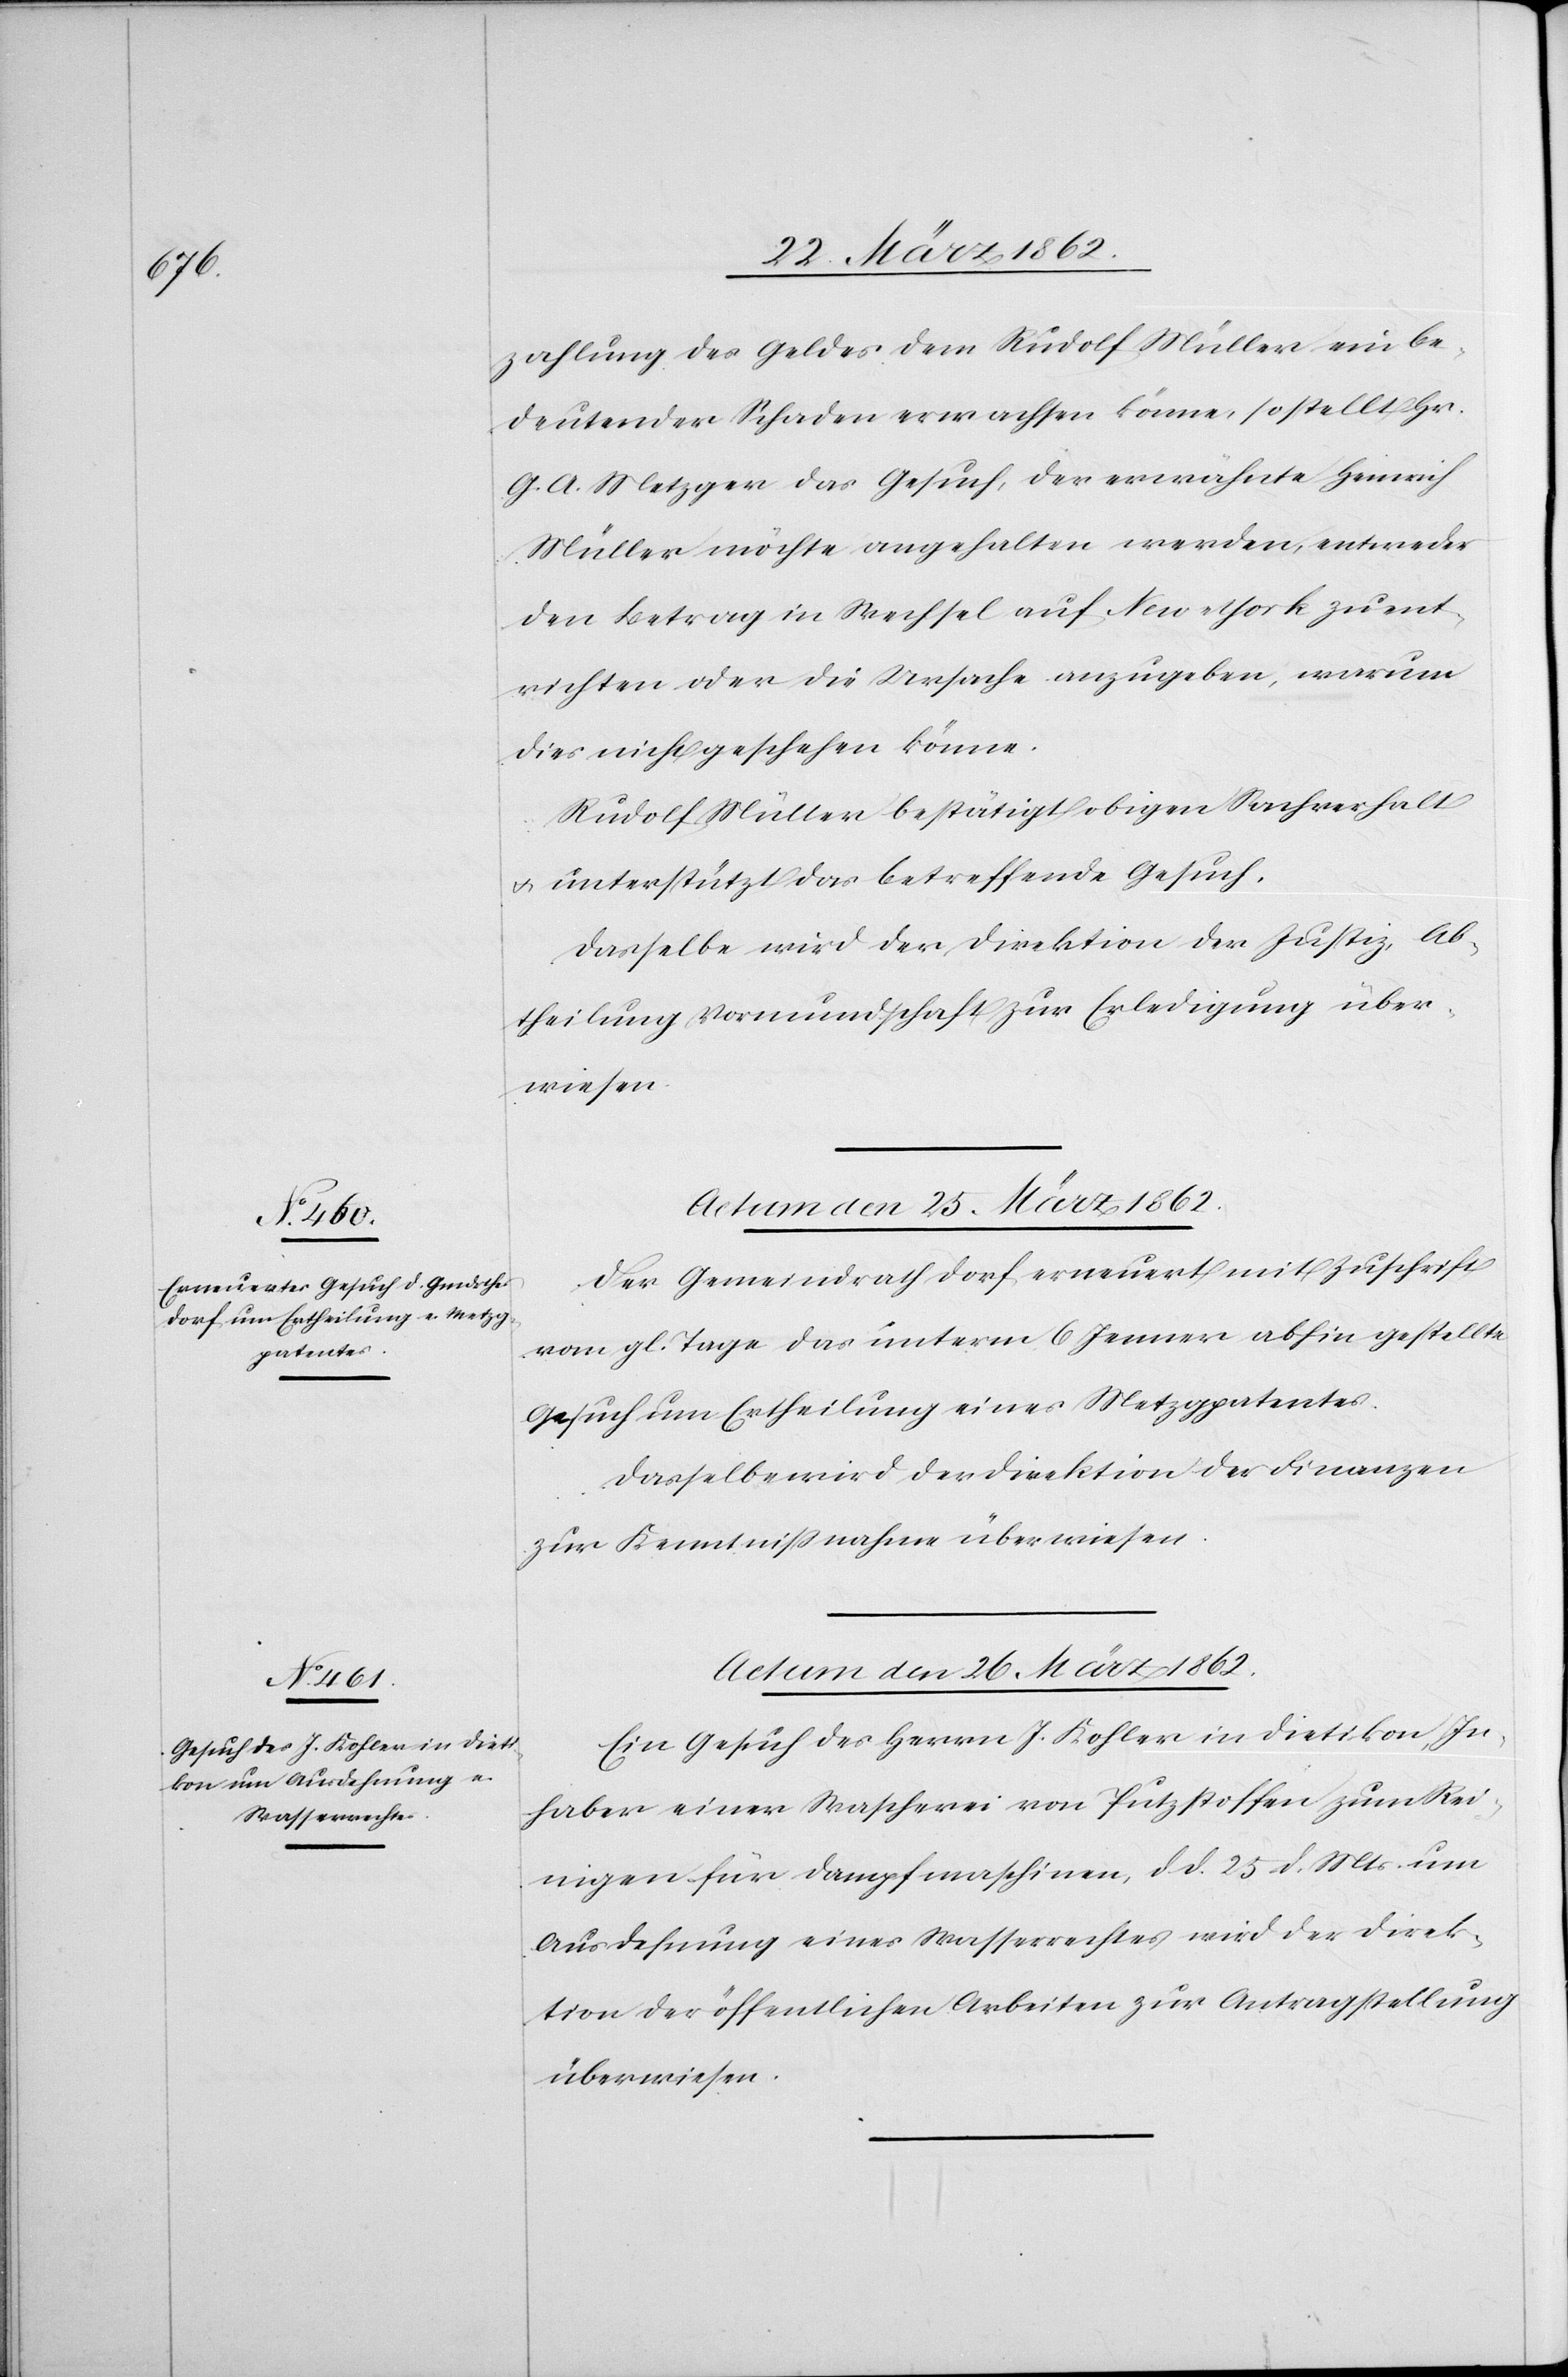
zahlung des Geldes dem Rudolf Müller ein be¬
deutender Schaden erwachsen könne, so stellt Hr.
G. A. Metzger das Gesuch, der erwähnte Heinrich
Müller möchte angehalten werden, entweder
den Betrag in Wechsel auf New-York zu ent¬
richten oder die Ursache anzugeben, warum
dies nicht geschehen könne.
Rudolf Müller bestätigt obigen Sachverhalt
u. unterstützt das betreffende Gesuch.
Dasselbe wird der Direktion der Justiz, Ab¬
theilung Vormundschaft zur Erledigung über¬
wiesen.
Actum den 25. März 1862.
Der Gemeindrath Dorf erneuert mit Zuschrift
vom gl. Tage das unterm 6 Jenner abhin gestellte
Gesuch um Ertheilung eines Metzgpatentes.
Dasselbe wird der Direktion der Finanzen
zur Kenntnißnahme überwiesen.
Actum den 26. März 1862.
Ein Gesuch des Herrn J. Kohler in Dietikon, In¬
haber einer Wascherei von Putzstoffen zum Rei¬
nigen für Dampfmaschinen, d. d. 25 d. Mts. um
Ausdehnung eines Wasserrechtes wird der Direk¬
tion der öffentlichen Arbeiten zur Antragstellung
überwiesen.